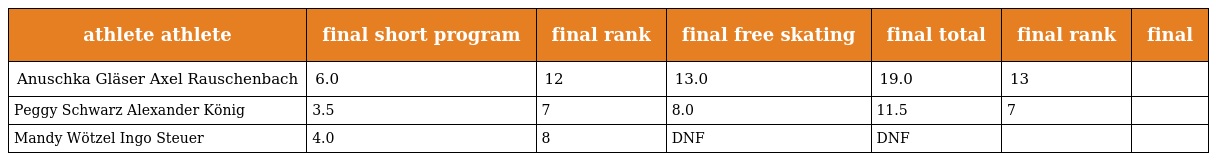
| athlete athlete | final short program | final rank | final free skating | final total | final rank | final |
 | --- | --- | --- | --- | --- | --- | --- |
 | Anuschka Gläser Axel Rauschenbach | 6.0 | 12 | 13.0 | 19.0 | 13 |  |
 | Peggy Schwarz Alexander König | 3.5 | 7 | 8.0 | 11.5 | 7 |  |
 | Mandy Wötzel Ingo Steuer | 4.0 | 8 | DNF | DNF |  |  |